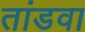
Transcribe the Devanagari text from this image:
तांडवा